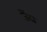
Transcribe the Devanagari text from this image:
जेंदा